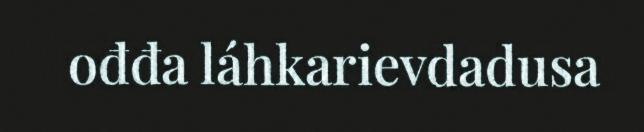
ođđa láhkarievdadusa